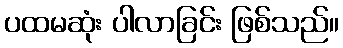
ပထမဆုံး ပါလာခြင်း ဖြစ်သည်။